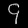
Digit: ၄